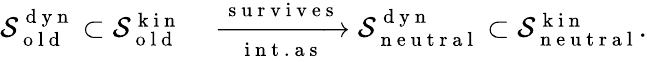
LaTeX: \begin{array}{rl}{\mathcal{S}_{\mathrm{~o~l~d~}}^{\mathrm{~d~y~n~}}\subset\mathcal{S}_{\mathrm{~o~l~d~}}^{\mathrm{~k~i~n~}}}&{{}\xrightarrow[\mathrm{~i~n~t~.~a~s~}]{\mathrm{~s~u~r~v~i~v~e~s~}}\mathcal{S}_{\mathrm{~n~e~u~t~r~a~l~}}^{\mathrm{~d~y~n~}}\subset\mathcal{S}_{\mathrm{~n~e~u~t~r~a~l~}}^{\mathrm{~k~i~n~}}.}\end{array}